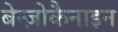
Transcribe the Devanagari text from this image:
बेन्ज़ोकैनाइन